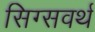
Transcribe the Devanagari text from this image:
सिग्सवर्थ